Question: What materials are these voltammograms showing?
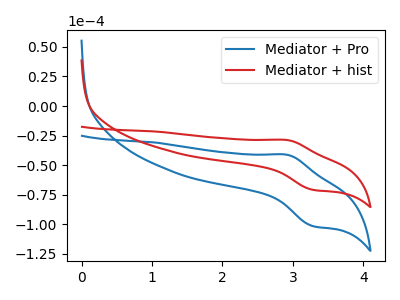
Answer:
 <answer>The blue curve is labeled "Mediator + Pro". The red curve is labeled "Mediator + hist".</answer>
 <eval></eval>